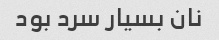
نان بسیار سرد بود